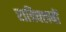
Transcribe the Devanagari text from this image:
रात्रिक्लबों